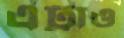
এট্টাও